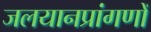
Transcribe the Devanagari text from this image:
जलयानप्रांगणों